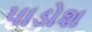
પાડોશ